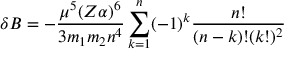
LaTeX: \delta B = - \frac { \mu ^ { 5 } ( Z \alpha ) ^ { 6 } } { 3 m _ { 1 } m _ { 2 } n ^ { 4 } } \sum _ { k = 1 } ^ { n } ( - 1 ) ^ { k } \frac { n ! } { ( n - k ) ! ( k ! ) ^ { 2 } }